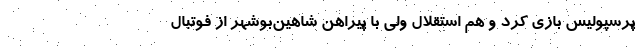
پرسپولیس بازی کرد و هم استقلال ولی با پیراهن شاهین‌بوشهر از فوتبال